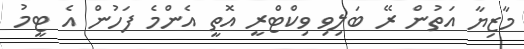
މާޒިޔާ އަތުން ރޭ ބަލިވި ވިކްޓްރީ އޮތީ އެންމެ ފަހުން އެ ޓީމު